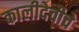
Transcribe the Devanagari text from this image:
कालीदेवीचे